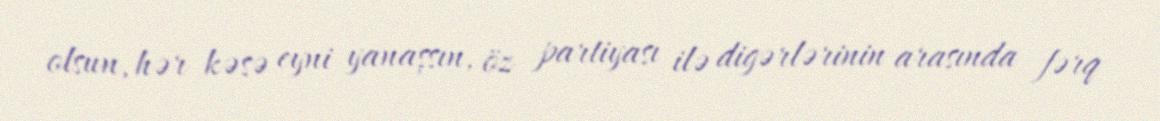
olsun, hər kəsə eyni yanaşsın, öz partiyası ilə digərlərinin arasında fərq